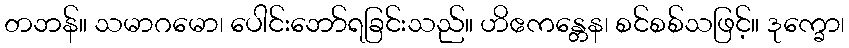
တဘန်။ သမာဂမော၊ ပေါင်းဘော်ရခြင်းသည်။ ဟိဧကန္တေန၊ စင်စစ်သဖြင့်။ ဒုက္ခော၊